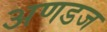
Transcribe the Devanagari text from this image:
अणडज